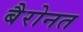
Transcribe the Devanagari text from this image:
बैरोनत